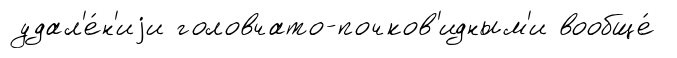
удал'е́н'иjи головчато-почков'идным'и вообще́